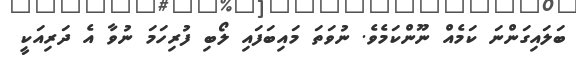
ބަލައިގަންނަ ކަމެއް ނޫންކަމެވެ. ނުވަތަ މައިބަފައި ލޯބި ފުރިހަމަ ނުވާ އެ ދަރިއަކީ